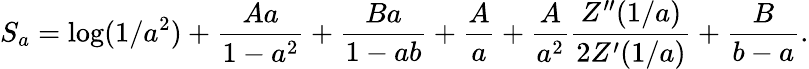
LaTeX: S_{a}=\log(1/a^{2})+{\frac{Aa}{1-a^{2}}}+{\frac{Ba}{1-ab}}+{\frac{A}{a}}+{\frac{A}{a^{2}}}{\frac{Z^{\prime\prime}(1/a)}{2Z^{\prime}(1/a)}}+{\frac{B}{b-a}}.